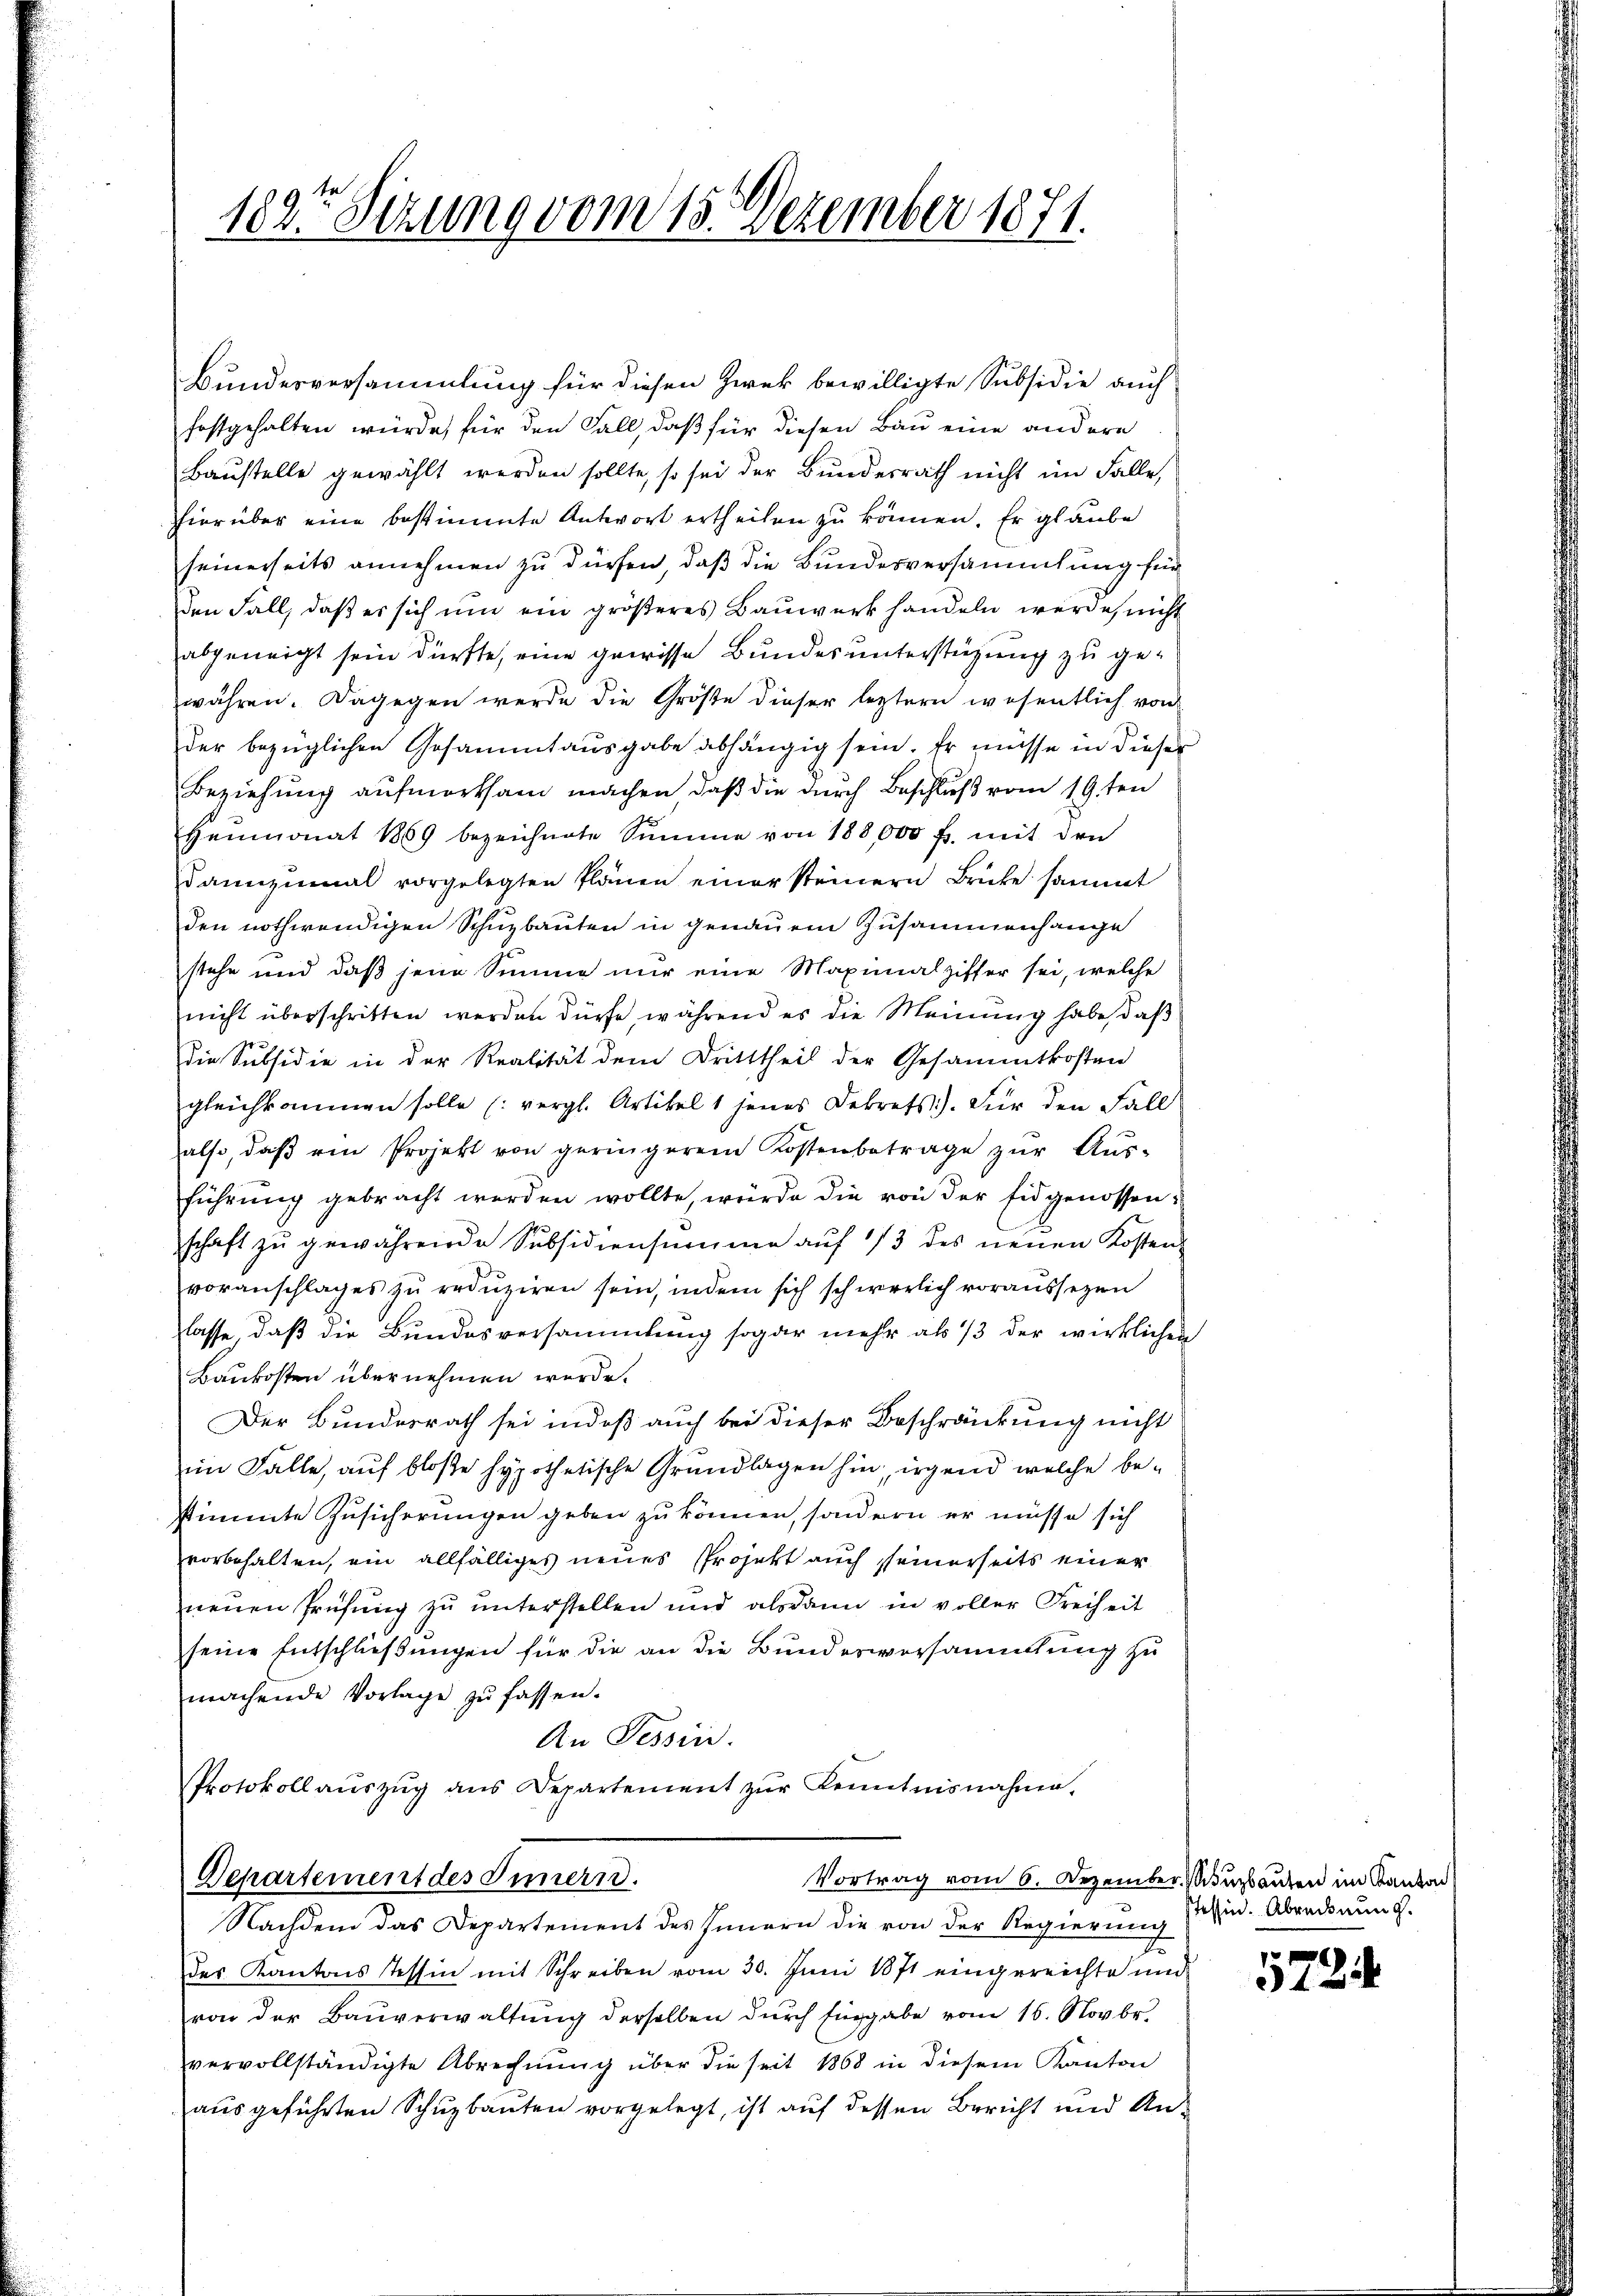
1823 Sezung vom 15. Dezember 1871.

Bundesversammlung für diesen Zwek bewilligte Subsidie auch
festgehalten würde, für den Fall, daß für diesen Bau eine andern
Baustelle gewählt werden sollte, so sei der Bundesrath nicht im Falle,
hierüber eine bestimmte Antwort ertheilen zu können. Er glaube
seinerseits annehmen zu dürfen, daß die Bundesversammlung für
den Fall, daß es sich um ein größeres Bauwerk handeln werde, nicht
abgeneigt sein dürfte, eine gewisse Bundes unterstüzung zu gewähren. Dagegen werde die Größe dieser leztern wesentlich von
der bezüglichen Gesammtausgabe abhängig sein. Er müsse in dieser
Beziehung aufmerksam machen, daß die durch Beschluß vom 19ten
Heumonat 1869 bezeichnete Summe von 188,000 f. mit den
dannzumal vorgelegten Plänen einer steinern Brücke sammt
den nothwendigen Schuzbauten in genauem Zusammenhange
stehe und daß jene Simme nur eine Maximalziffer sei, welche
nicht überschritten werden dürfe, während es die Meinung habe, daß
Die Subsidie in der Realität dem Dritttheil der Gesammtkosten
gleichkommen solle (vergl. Artikel 1 jenes Dekrets). Für den Fall
also, daβ ein Projekt von geringerem Kostenbetrage zŭr Aŭs-
führung gebracht werden wollte, würde die von der Eidgenossen.
schaft zŭ gewährende Subsidiensumme aŭf 1/3 des neŭen Kosten
voranschlages zŭ redŭzieren sein, indem sich schwerlich voraussezen
lasse, daß die Bundesversammlung sogar mehr als 13 der wirklichen
Baukosten übernehmen werde.
Der Bundesrath sei indeß auch bei dieser Beschränkung nicht
im Falle, auf bloße hypothetische Grundlagen hin, irgend welche bestimmte Zusicherungen geben zu können, sondern er müsse sich
vorbehalten, ein allfälliges neues Projekt auch seinerseits einer
neŭen Prüfŭng zŭ ŭnterstellen und alsdann in voller Freiheit
seine Entschließungen für die an die Bundesversammlung zu
machende Vorlage zŭ fassen.
An Tessin.
Protokoll aŭszŭg ans Departement zŭr Kenntnisnahme.
Departement des Innern.
Vortrag vom 6. Dezember, Muzbauten im Kanton
Nachdem das Departement des Innern die von der Regierŭng sein. Abredeaŭng.
des Kantons Tessin mit Schreiben vom 30. Juni 1871 eingereichte und
von der Baŭverwaltŭng derselben dŭrch fürgabe vom 16. Novbr.
vervollständigte Abrechnŭng über die seit 1868 in diesem Kanton
ausgeführten Schuzbauten vorgelegt, ist auf dessen Bericht und An¬

5724